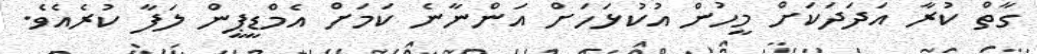
ގާތް ކުރާ އަދަދަކަށް މީހުން އުކުޅަހަށް އަންނާނެ ކަމަށް އެމްޑީޕީން ލަފާ ކުރެއެވެ.